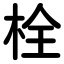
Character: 栓